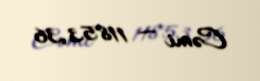
Cəmi — 11853,36